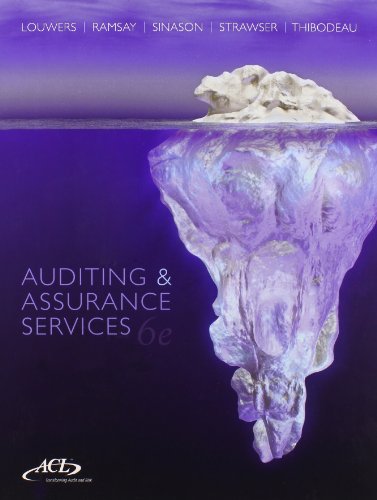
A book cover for Auditing & Assurance Services with ACL Software Student CD-ROM; Timothy Louwers; Business & Money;